Lunatic asylums Punjab 1895-1910 - 1895-1910
Year: 1895
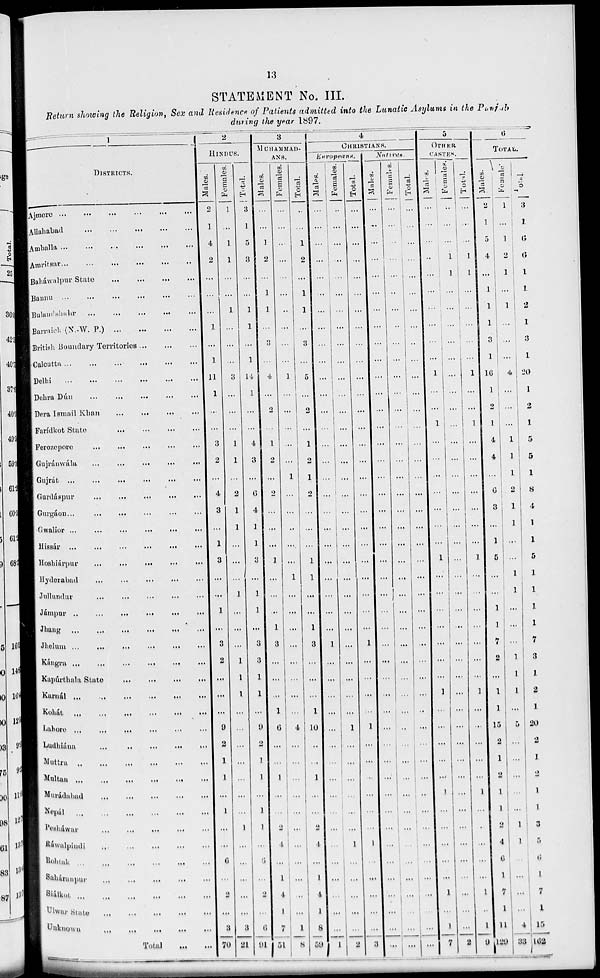
13
STATEMENT No. III.
Return showing the Religion, Sex and Residence of Patients admitted into the Lunatic Asylums in the Punjab
during the year 1897.
1
DISTRICTS.
Ajmere
...
...
...
...
...
...
Allahabad
...
...
...
...
...
...
Amballa
...
...
...
...
...
...
Amritsar
...
...
...
...
...
...
Baháwalpur State ... ... ... ... ... ...
Bannu
...
...
...
...
...
...
Bulandshahr ... ... ... ... ... ...
Barraich (N. W. P.) ... ... ... ... ... ...
British Boundary Territories ... ... ... ... ... ...
Calcutta
...
...
...
...
...
...
Delhi
...
...
...
...
...
...
Dehra Dún
...
...
...
...
...
...
Dera Ismail Khan ... ... ... ... ... ...
Faridkot State ... ... ... ... ... ...
Ferozepore
...
...
...
...
...
...
Gujránwála
...
...
...
...
...
...
Gujrát
...
...
...
...
...
...
Gurdáspur ... ... ... ... ... ...
Gurgáon ... ... ... ... ... ...
Gwalior
...
...
...
...
...
...
Hissár
...
...
...
...
...
...
Hoshiárpur
...
...
...
...
...
...
Hyderabad ... ... ... ... ... ...
Jullundur
...
...
...
...
...
...
Jámpur
...
...
...
...
...
...
Jhang
...
...
...
...
...
...
Jhelum ... ... ... ... ... ...
Kángra ... ... ... ... ... ...
Kapúrthala State ... ... ... ... ... ...
Karnál ... ... ... ... ... ...
Kohát
...
...
...
...
...
...
Lahore
...
...
...
...
...
...
Ludhiána
...
...
...
...
...
...
Muttra ... ... ... ... ... ...
Multan ... ... ... ... ... ...
Murádabad
...
...
...
...
...
...
Nepál ... ... ... ... ... ...
Pesháwar
...
...
...
...
...
...
Ráwalpindi ... ... ... ... ... ...
Rohtak
...
...
...
...
...
...
Saháranpur ... ... ... ... ... ...
Siálkot
...
...
...
...
...
...
Ulwar State
...
...
...
...
...
...
Unknown ... ... ... ... ... ...
Total ... ...
2
HINDUS.
Males.
2
1
4
2
...
...
...
1
...
1
11
1
...
...
3
2
...
4
3
...
1
3
...
...
1
...
3
2
...
...
...
9
2
1
1
...
1
...
...
6
...
2
...
3
70
Females.
1
...
1
1
...
...
1
...
...
...
3
...
...
...
1
1
...
2
1
1
...
...
...
1
...
...
...
1
1
1
...
...
...
...
...
...
...
1
...
...
...
...
...
3
21
Total.
3
1
5
3
...
...
1
1
...
1
14
1
...
...
4
3
...
6
4
1
1
3
...
1
1
...
3
3
1
1
...
9
2
1
1
...
1
1
...
6
...
2
...
6
91
3
MUHAMMAD-
ANS.
Males.
...
...
1
2
...
1
1
...
3
...
4
...
2
...
1
2
...
2
...
...
...
1
...
...
...
1
3
...
...
...
1
6
...
...
1
...
...
2
4
...
1
4
1
7
51
Females.
...
...
...
...
...
...
...
...
...
...
1
...
...
...
...
...
1
...
...
...
...
...
1
...
...
...
...
...
...
...
...
4
...
...
...
...
...
...
...
...
...
...
...
1
8
Total.
...
...
1
2
...
1
1
...
3
...
5
...
2
...
1
2
1
2
...
...
...
1
1
...
...
1
3
...
...
...
1
10
...
...
1
...
...
2
4
...
1
4
1
8
59
4
CHRISTIANS.
Europeans.
Males.
...
...
...
...
...
...
...
...
...
...
...
...
...
...
...
...
...
...
...
...
...
...
...
...
...
...
1
...
...
...
...
...
...
...
...
...
...
...
...
...
...
...
...
...
1
Females.
...
...
...
...
...
...
...
...
...
...
...
...
...
...
...
...
...
...
...
...
...
...
...
...
...
...
...
...
...
...
...
1
...
...
...
...
...
...
1
...
...
...
...
...
2
Total.
...
...
...
...
...
...
...
...
...
...
...
...
...
...
...
...
...
...
...
...
...
...
...
...
...
...
1
...
...
...
...
1
...
...
...
...
...
...
1
...
...
...
...
...
3
Natives.
Males.
...
...
...
...
...
...
...
...
...
...
...
...
...
...
...
...
...
...
...
...
...
...
...
...
...
...
...
...
...
...
...
...
...
...
...
...
...
...
...
...
...
...
...
...
...
Females.
...
...
...
...
...
...
...
...
...
...
...
...
...
...
...
...
...
...
...
...
...
...
...
...
...
...
...
...
...
...
...
...
...
...
...
...
...
...
...
...
...
...
...
...
...
Total.
...
...
...
...
...
...
...
...
...
...
...
...
...
...
...
...
...
...
...
...
...
...
...
...
...
...
...
...
...
...
...
...
...
...
...
...
...
...
...
...
...
...
...
...
...
5
OTHER
CASTES.
Males.
...
...
...
...
...
...
...
...
...
...
1
...
...
1
...
...
...
...
...
...
...
1
...
...
...
...
...
...
...
1
...
...
...
...
...
1
...
...
...
...
...
1
...
1
7
Females.
...
...
...
1
1
...
...
...
...
...
...
...
...
...
...
...
...
...
...
...
...
...
...
...
...
...
...
...
...
...
...
...
...
...
...
...
...
...
...
...
...
...
...
...
2
Total.
...
...
...
1
1
...
...
...
...
...
1
...
...
1
...
...
...
...
...
...
...
1
...
...
...
...
...
...
...
1
...
...
...
...
...
1
...
...
...
...
...
1
...
1
9
6
TOTAL.
Males.
2
1
5
4
...
1
1
1
3
1
16
1
2
1
4
4
...
6
3
...
1
5
...
...
1
1
7
2
...
1
1
15
2
1
2
1
1
2
4
6
1
7
1
11
129
Females.
1
...
1
2
1
...
1
...
...
...
4
...
...
...
1
1
1
2
1
1
...
...
1
1
...
...
...
1
1
1
...
5
...
...
...
...
...
1
1
...
...
...
...
4
33
Total.
3
1
6
6
1
1
2
1
3
1
20
1
2
1
5
5
1
8
4
1
1
5
1
1
1
1
7
3
1
2
1
20
2
1
2
1
1
3
5
6
1
7
1
15
162